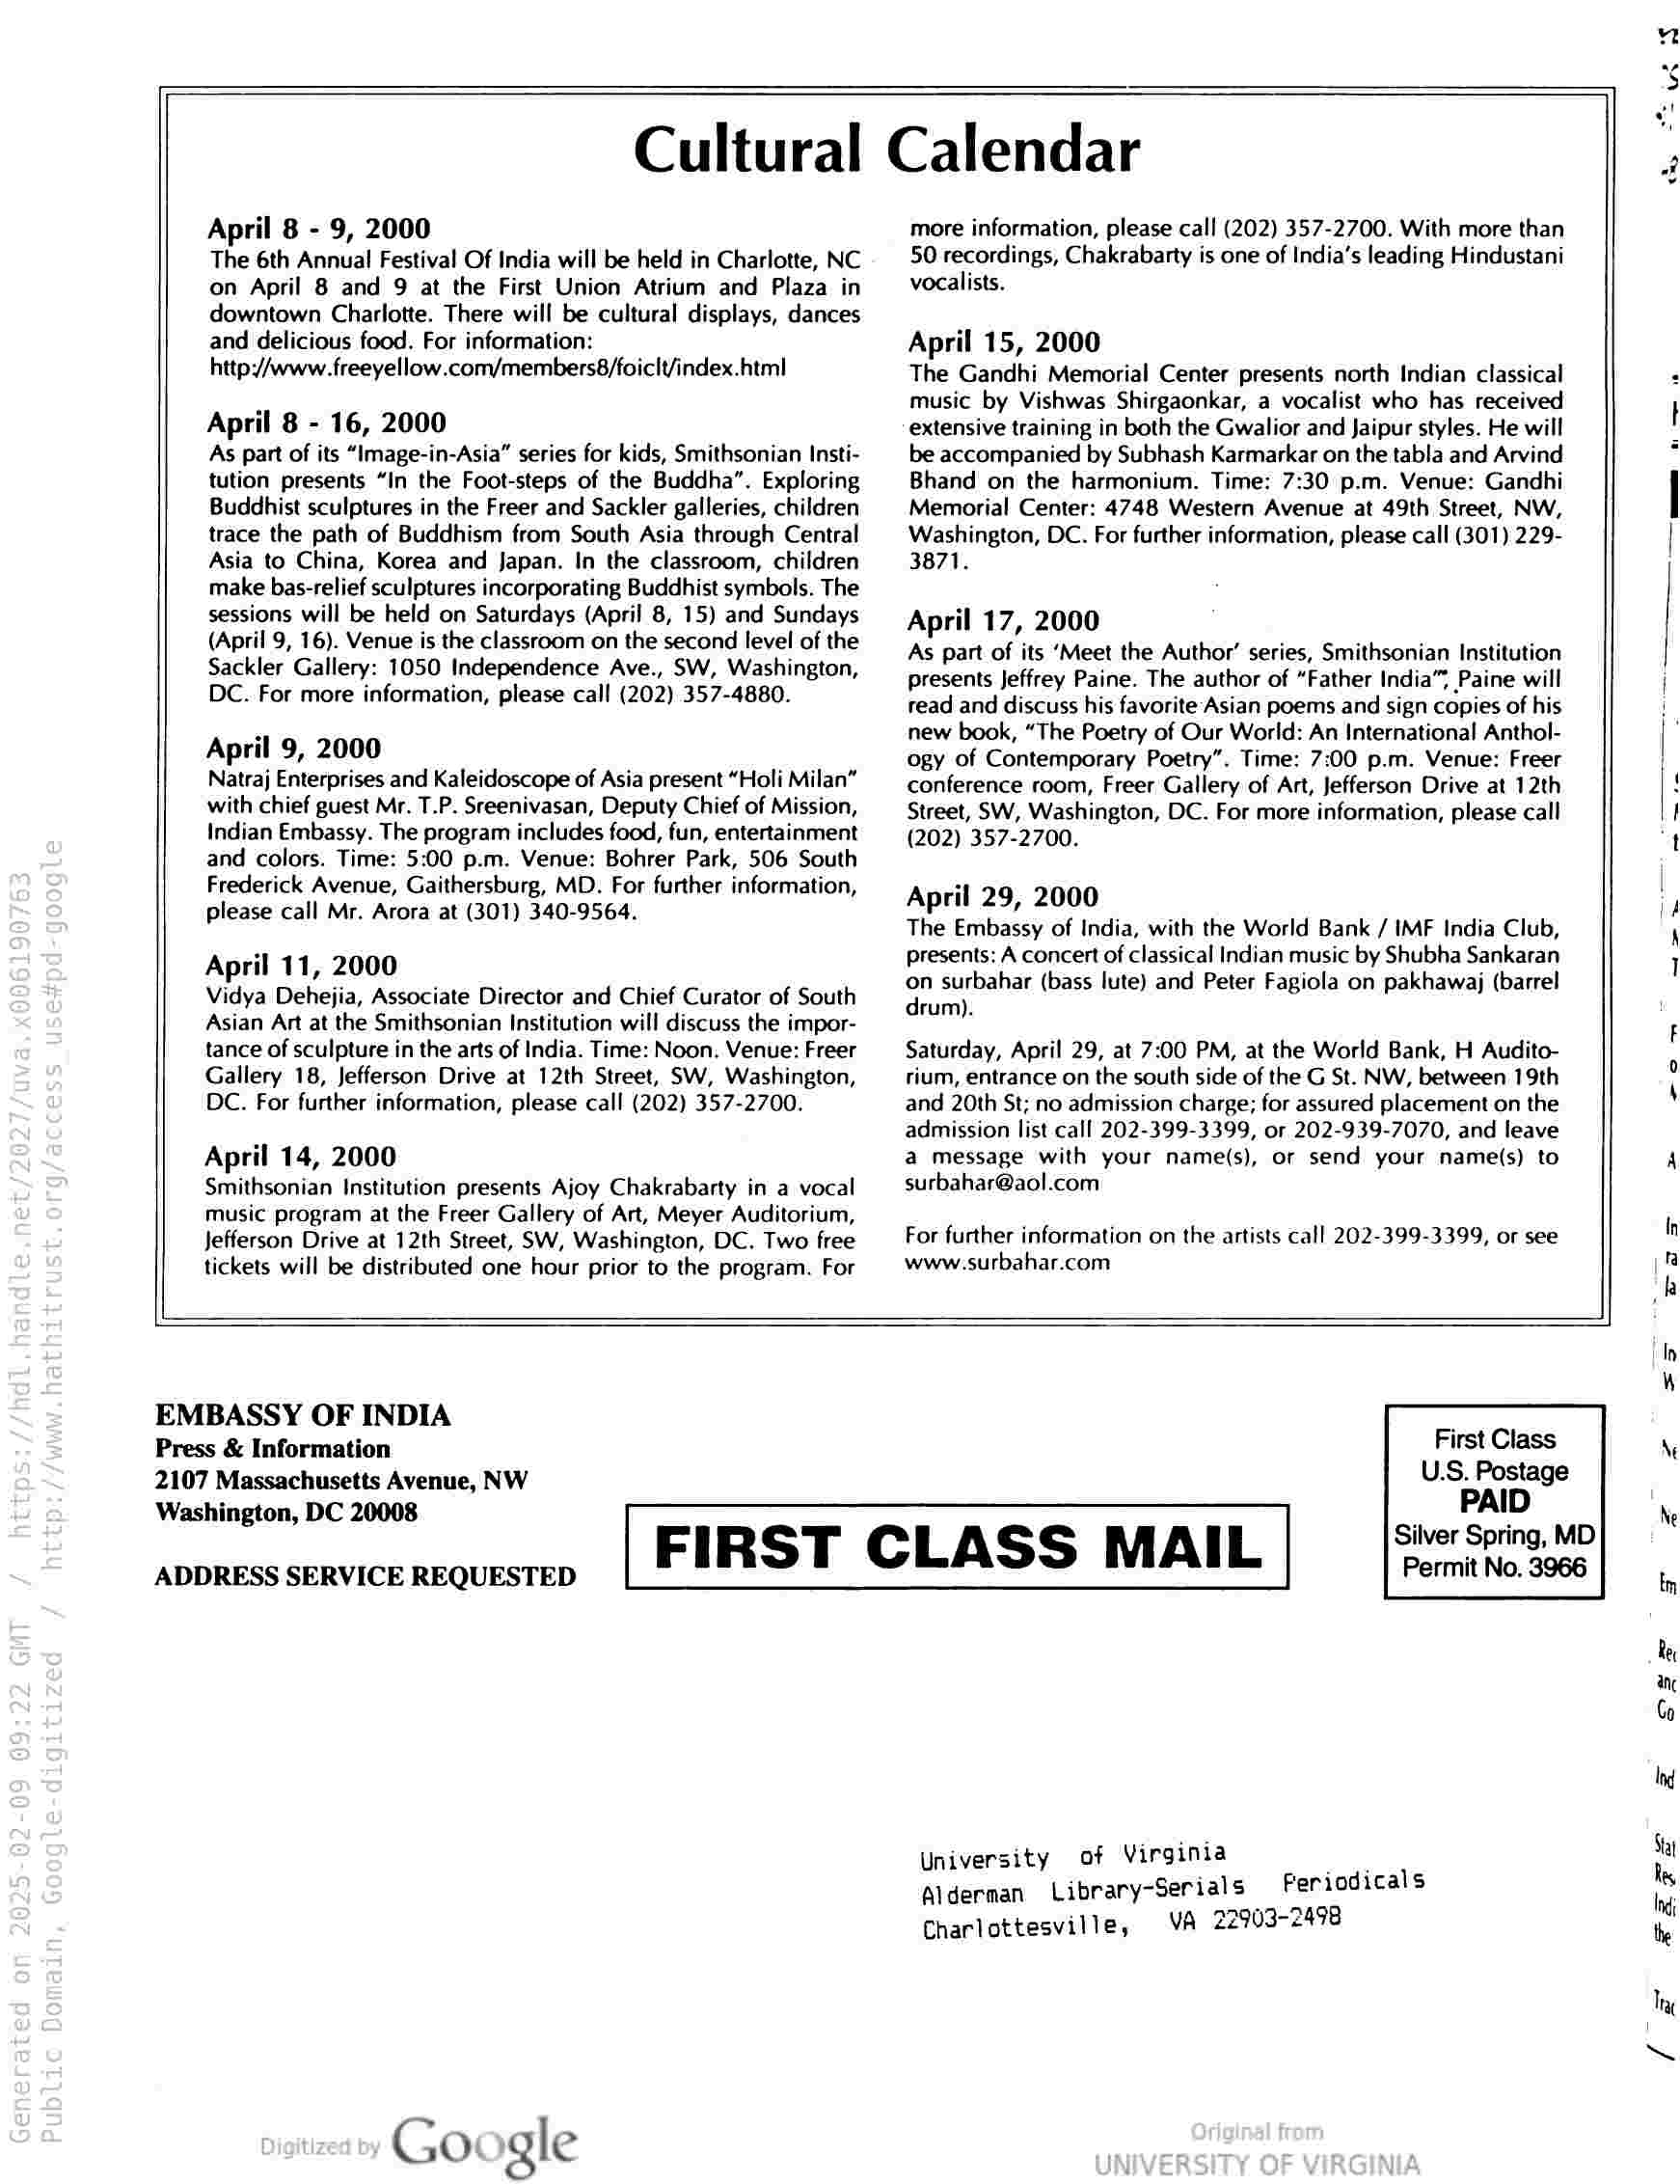
Cultural Calendar

April 8 - 9, 2000

The 6th Annual Festival Of India will be held in Charlotte, NC
on April 8 and 9 at the First Union Atrium and Plaza in
downtown Charlotte. There will be cultural displays, dances
and delicious food. For information:

http://www. freeyellow.com/members8/foiclt/index.html

April 8 - 16, 2000

As part of its “Image-in-Asia” series for kids, Smithsonian Insti-
tution presents “In the Foot-steps of the Buddha”. Exploring
Buddhist sculptures in the Freer and Sackler galleries, children
trace the path of Buddhism from South Asia through Central
Asia to China, Korea and Japan. In the classroom, children
make bas-relief sculptures incorporating Buddhist symbols. The
sessions will be held on Saturdays (April 8, 15) and Sundays
(April 9, 16). Venue is the classroom on the second level of the
Sackler Gallery: 1050 Independence Ave., SW, Washington,
DC. For more information, please call (202) 357-4880.

April 9, 2000

Natraj Enterprises and Kaleidoscope of Asia present “Holi Milan”
with chief guest Mr. T.P. Sreenivasan, Deputy Chief of Mission,
Indian Embassy. The program includes food, fun, entertainment
and colors. Time: 5:00 p.m. Venue: Bohrer Park, 506 South
Frederick Avenue, Gaithersburg, MD. For further information,

more information, please call (202) 357-2700. With more than
50 recordings, Chakrabarty is one of India’s leading Hindustani
vocalists.

April 15, 2000

The Gandhi Memorial Center presents north Indian classical
music by Vishwas Shirgaonkar, a vocalist who has received
extensive training in both the Gwalior and Jaipur styles. He will
be accompanied by Subhash Karmarkar on the tabla and Arvind
Bhand on the harmonium. Time: 7:30 p.m. Venue: Gandhi
Memorial Center: 4748 Western Avenue at 49th Street, NW,
Washington, DC. For further information, please call (301) 229-
3871.

April 17, 2000

As part of its ‘Meet the Author’ series, Smithsonian Institution
presents Jeffrey Paine. The author of “Father India”, Paine will
read and discuss his favorite Asian poems and sign copies of his
new book, “The Poetry of Our World: An International Anthol-
ogy of Contemporary Poetry”. Time: 7:00 p.m. Venue: Freer
conference room, Freer Gallery of Art, Jefferson Drive at 12th
Street, SW, Washington, DC. For more information, please call
(202) 357-2700.

April 29, 2000 i
; ~ i {4
Please eal, Sore ae GON HOSS EY The Embassy of India, with the World Bank / IMF India Club, \
April 11, 2000 presents: A concert of classical Indian music by Shubha Sankaran 1
Viva Dehejia Associate Director and Chief Curator of South da surbahar, (bass: lute). and Petet Fagiola’on pakhawaj (barrel
Asian Art at the Smithsonian Institution will discuss the impor- rum): f
tance of sculpture in the arts of India. Time: Noon. Venue: Freer Saturday, April 29, at 7:00 PM, at the World Bank, H Audito- 0
Gallery 18, Jefferson Drive at 12th Street, SW, Washington, rium, entrance on the south side of the G St. NW, between 19th \
DC. For further information, please call (202) 357-2700. and 20th St; no admission charge; for assured placement on the
admission list call 202-399-3399, or 202-939-7070, and leave
April 14, 2000 a message with your name(s), or send your name(s) to A
Smithsonian Institution presents Ajoy Chakrabarty in a vocal — surbahar@aol.com
music program at the Freer Gallery of Art, Meyer Auditorium, f
Jefferson Drive at 12th Street, SW, Washington, DC. Two free For further information on the artists call 202-399-3399, or see n
tickets will be distributed one hour prior to the program. For www:surbahar.com i
a)
4
EMBASSY OF INDIA ;
Press & Information First Class \e
2107 Massachusetts Avenue, NW ao
Washington, DC 20008 | , Ne
FIRST CLASS MAIL|] [@xs=.°
ADDRESS SERVICE REQUESTED Permit No. 3966 im
Rey
anc
Co
Ine
University of Virginia _ ‘|
Alderman Library-Serials Periodicals i
Charlottesville, VA 22903-2498 le
Tg
“~

‘a

oogle